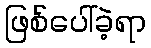
ဖြစ်ပေါ်ခဲ့ရာ